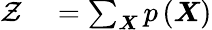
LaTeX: \begin{array}{rl}{\mathcal{Z}}&{{}=\sum_{\boldsymbol{X}}p\left(\boldsymbol{X}\right)}\end{array}